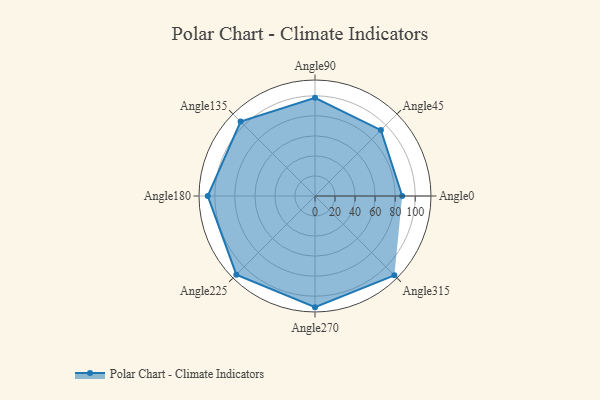
{"axis": {"x": "Angle", "y": "Radius"}, "legend": [""], "data": [{"x": "Angle0", "y": 87.0, "type": ""}, {"x": "Angle45", "y": 93.0, "type": ""}, {"x": "Angle90", "y": 98.0, "type": ""}, {"x": "Angle135", "y": 105.0, "type": ""}, {"x": "Angle180", "y": 107.0, "type": ""}, {"x": "Angle225", "y": 111.0, "type": ""}, {"x": "Angle270", "y": 111.0, "type": ""}, {"x": "Angle315", "y": 112.0, "type": ""}]}